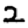
Digit: 2